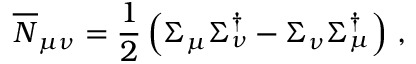
\overline { { { N } } } _ { \mu \nu } = \frac { 1 } { 2 } \left( \Sigma _ { \mu } \Sigma _ { \nu } ^ { \dagger } - \Sigma _ { \nu } \Sigma _ { \mu } ^ { \dagger } \right) \, ,